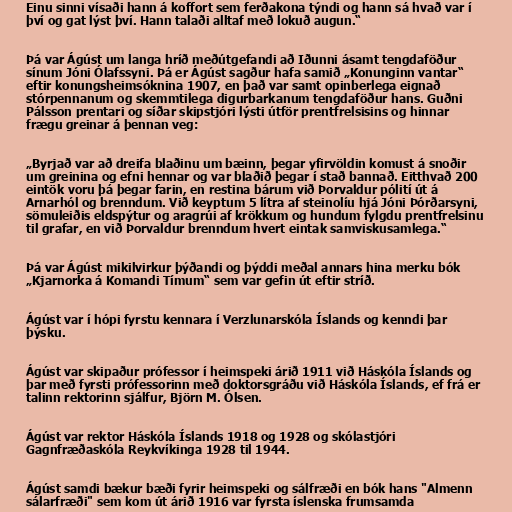
Einu sinni vísaði hann á koffort sem ferðakona týndi og hann sá hvað var í
því og gat lýst því. Hann talaði alltaf með lokuð augun.“

Þá var Ágúst um langa hríð meðútgefandi að Iðunni ásamt tengdaföður
sínum Jóni Ólafssyni. Þá er Ágúst sagður hafa samið „Konunginn vantar“
eftir konungsheimsóknina 1907, en það var samt opinberlega eignað
stórpennanum og skemmtilega digurbarkanum tengdaföður hans. Guðni
Pálsson prentari og síðar skipstjóri lýsti útför prentfrelsisins og hinnar
frægu greinar á þennan veg:

„Byrjað var að dreifa blaðinu um bæinn, þegar yfirvöldin komust á snoðir
um greinina og efni hennar og var blaðið þegar í stað bannað. Eitthvað 200
eintök voru þá þegar farin, en restina bárum við Þorvaldur pólití út á
Arnarhól og brenndum. Við keyptum 5 lítra af steinolíu hjá Jóni Þórðarsyni,
sömuleiðis eldspýtur og aragrúi af krökkum og hundum fylgdu prentfrelsinu
til grafar, en við Þorvaldur brenndum hvert eintak samviskusamlega.“

Þá var Ágúst mikilvirkur þýðandi og þýddi meðal annars hina merku bók
„Kjarnorka á Komandi Tímum“ sem var gefin út eftir stríð.

Ágúst var í hópi fyrstu kennara í Verzlunarskóla Íslands og kenndi þar
þýsku.

Ágúst var skipaður prófessor í heimspeki árið 1911 við Háskóla Íslands og
þar með fyrsti prófessorinn með doktorsgráðu við Háskóla Íslands, ef frá er
talinn rektorinn sjálfur, Björn M. Ólsen.

Ágúst var rektor Háskóla Íslands 1918 og 1928 og skólastjóri
Gagnfræðaskóla Reykvíkinga 1928 til 1944.

Ágúst samdi bækur bæði fyrir heimspeki og sálfræði en bók hans "Almenn
sálarfræði" sem kom út árið 1916 var fyrsta íslenska frumsamda